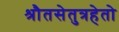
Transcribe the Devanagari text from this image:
श्रौतसेतुत्रहेतो